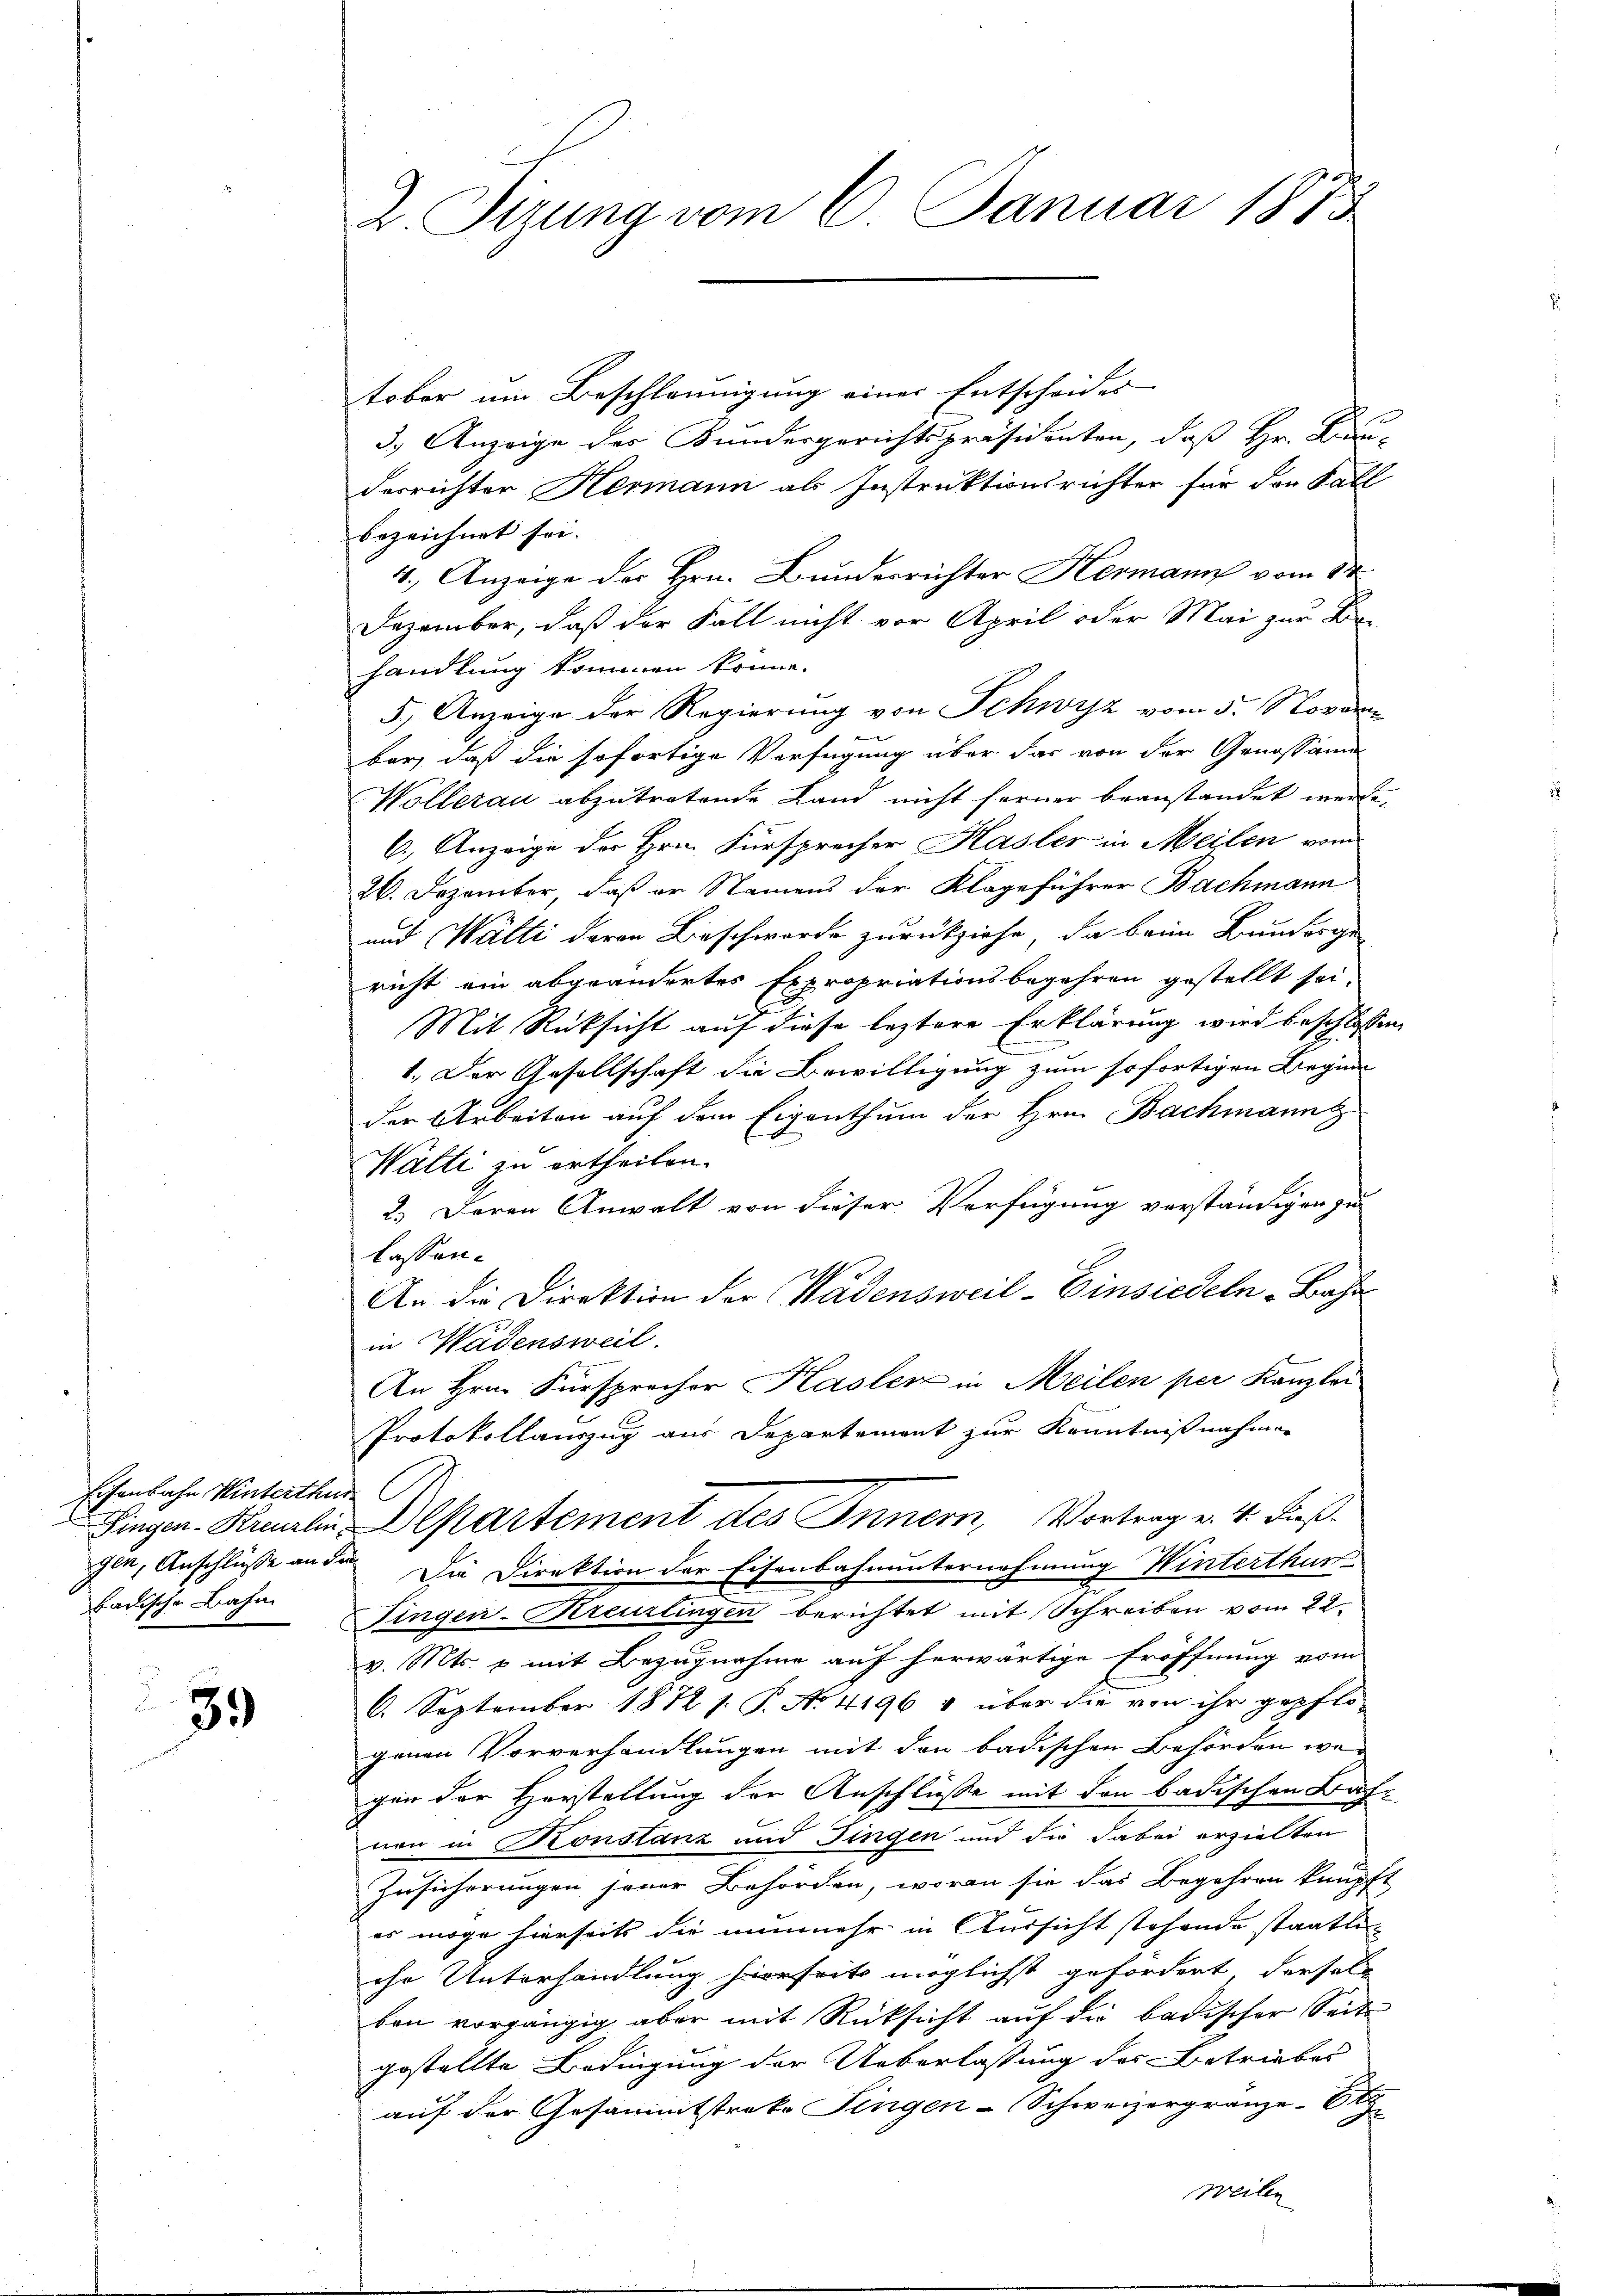
Eisenbahn Winterthur
badische Bahn

39

Z. Sizung vom 6. Januar 1875

tober um Beschleunigung einer Entscheides
3.) Anzeige des Kundesgerichtspräsidenten, daß Hr. Bau-
derrichter Hermann als Instruktionsrichter für der Fall
bezeichnet sei. |
4.) Anzeige der Hrn. Bunderrichter Hermann vom 14.
Dezember, daß der Fall nicht vor April oder Mai zur Be-
handlung kommen könne.
5.) Anzeige der Regierung von Schwyz vom 5. Novemkent |
ber, daß die sofortige Verfügung über das von der Genossamm
Wollerau abzutretende Land nicht ferner beanstandet werde.
6.) Anzeige der Hrn. Fürsprecher Hasler in Meilen vom
26. Dezember, daß er Namens der Klageführer Bachmann
und Wälti deren Beschwerde zurückziehe, da beim Bunderge
richt ein abgeändertes Expropriationsbegehren gestellt sei,
Mit Rücksicht auf diese leztere Erklärung wird beschlossen
n
1. Der Gesellschaft die Bewilligung zum sofortigen Beginn
der Arbeiten auf dem Eigenthum der Hrn. Bachmann
Wälti zu ertheilen.
2.) Deren Anwalt von dieser Verfügung verständigen zu
lassen.
An die Direktion der Wädensweil–Einsiedeln-Bahn
in Wädensweil.
An Hrn. Fürsprecher Kasler in Meilen per Kanzlei
Protokollauszug aus Departement zur Kenntnißnahmen
Fingen-Kreuzlin Departement des Innern, Vortrag v. 4. Fußgen, Anschlüße an der Die Direktion der Eisenbahnunternehmung Winterthur
Fingen-Kreuzlingen berichtet mit Schreiben vom 22.
v. Mts. p mit Bezugnahme auf herwärtige Eröffnung vom
6. September 1872 s. P. No. 4196 4 über die von ihr gepflo
genen Vorverhandlungen mit den badischen Behörden wergen der Herstellung der Anschlüsse mit den badischen Bach-
non in Konstanz und Fingen und die dabei erzielten
Zusicherungen jener Behörden, woran sie das Begehren knüpft
es möge hierseits die nunmehr in Aussicht stehende staatliihr Unterhandlung hierseits möglichst gefördert, derselben vorgängig aber mit Rücksicht auf die badischer Seite
gestellte Bedingung der Ueberlassung der Betriebes
auf der Gesammtstrako Fingen-Schweizergränze-Ot
weilen